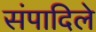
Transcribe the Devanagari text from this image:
संपादिले